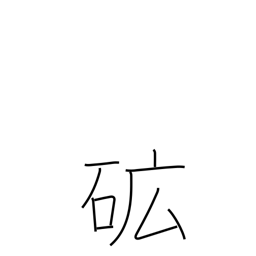
Meaning: ore